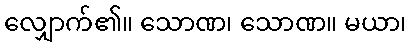
လျှောက်၏။ သောဏ၊ သောဏ။ မယာ၊